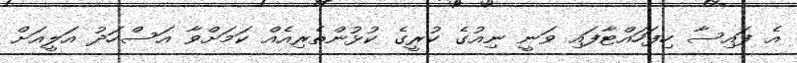
އެ ފައިސާ ހިފަހައްޓާފައި ވަނީ ނިއުގެ ކުރީގެ ކުޅުންތެރިއެއް ކަމަށްވާ އަސްހަދު އަލީއަށް